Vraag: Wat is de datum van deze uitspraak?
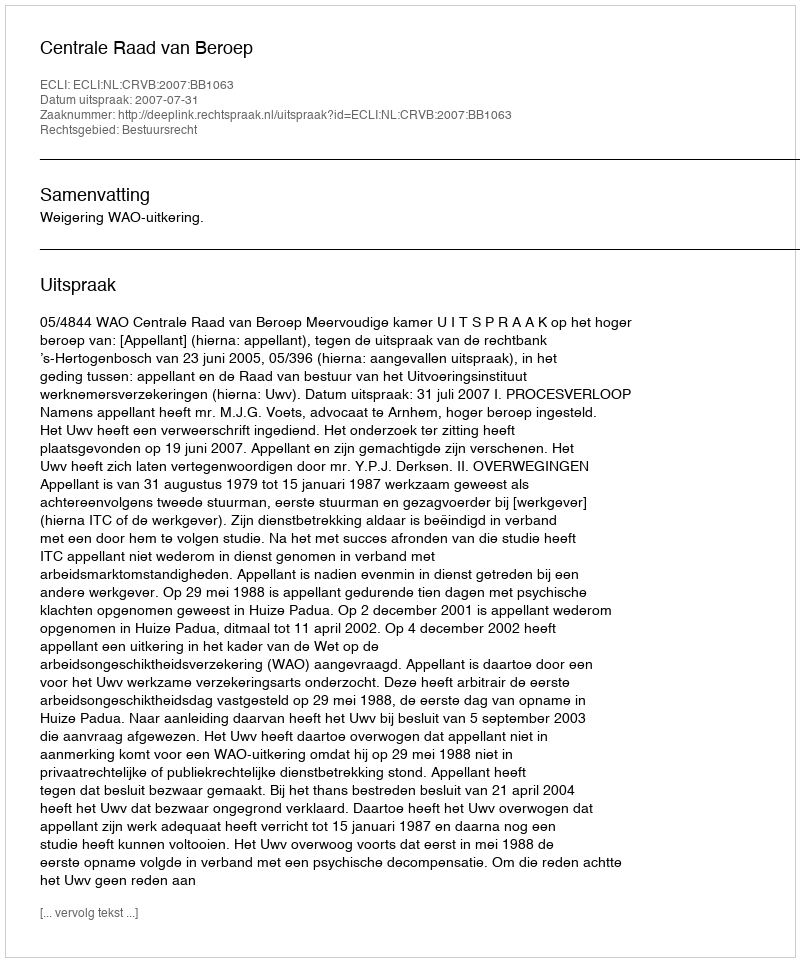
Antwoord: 2007-07-31